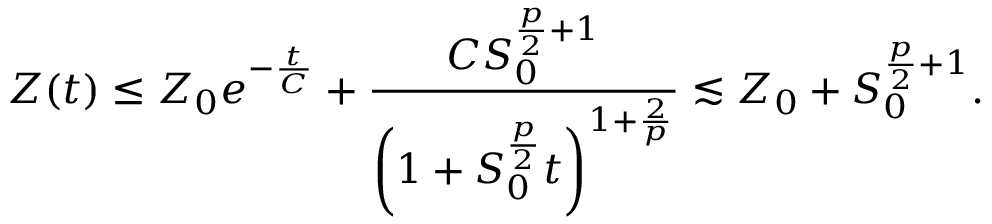
Z ( t ) \le Z _ { 0 } e ^ { - \frac { t } { C } } + \frac { C S _ { 0 } ^ { \frac { p } { 2 } + 1 } } { \left( 1 + S _ { 0 } ^ { \frac { p } { 2 } } t \right) ^ { 1 + \frac { 2 } { p } } } \lesssim Z _ { 0 } + S _ { 0 } ^ { \frac { p } { 2 } + 1 } .